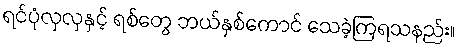
ရင်ပုံလှလှနှင့် ရစ်တွေ ဘယ်နှစ်ကောင် သေခဲ့ကြရသနည်း။